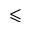
\leqslant